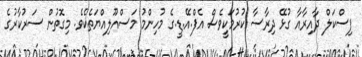
ފިސްކަލް ދާއިރާއާ ގުޅޭ ދިރާސާ ކުރުމަކީވެސް އެފް.އޭ.ޑީ.ގެ މުހިންމު މަސްއޫލިއްޔަތެކެވެ. މިގޮތުން ސަރުކާރުގެ